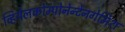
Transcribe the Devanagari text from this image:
व्हियेलकोम्पोनेन्टेनगेमिश